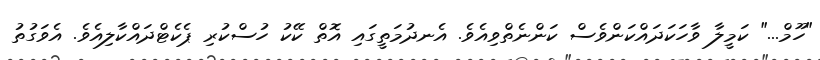
"ހޫމް..." ކަމީލާ ވާހަކަދައްކަންވެސް ކަންނެތްވިއެވެ. އެނދުމަތީގައި އޮތް ކޭކު ހުސްކުރި ޕެކެޓްދައްކާލިއެވެ. އެވަގުތު